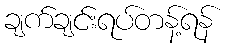
ချက်ချင်းရပ်တန့်ရန်